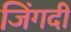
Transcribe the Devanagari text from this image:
जिंगदी